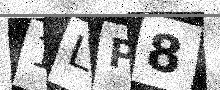
Text: 1LP8